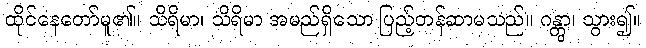
ထိုင်နေတော်မူ၏။ သိရိမာ၊ သိရိမာ အမည်ရှိသော ပြည့်တန်ဆာမသည်။ ဂန္တွာ၊ သွား၍။